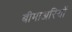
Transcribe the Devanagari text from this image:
बीमाअरियों